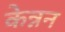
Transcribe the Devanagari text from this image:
केन्नन